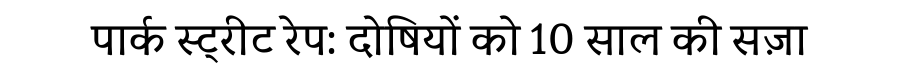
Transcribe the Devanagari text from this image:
पार्क स्ट्रीट रेप: दोषियों को 10 साल की सज़ा